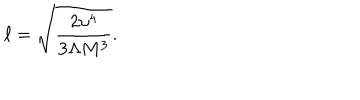
\ell = \sqrt { \frac { 2 \upsilon ^ { 4 } } { 3 \Lambda M ^ { 3 } } } .